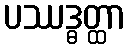
ပဿဒ္ဓတ္ထာ